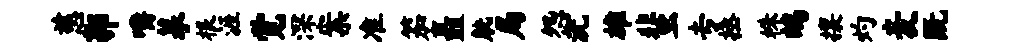
慈郭嚼摹根涯觉深案准笳矗觥局怨沅雄蜚专拯株鸪攘灼麦既